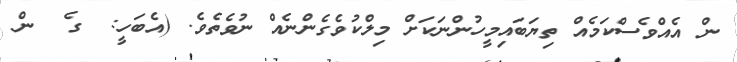
ން އެއްވެސްކަމެއް ތިޔަބައިމީހުންނަކަށް މިލްކުވެގެންނެއް ނުވެތެވެ. (އެބަހީ:  ގެ  ން